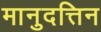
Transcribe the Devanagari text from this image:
मानुदत्तिन